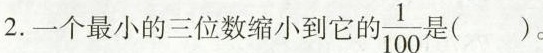
2.一个最小的三位数缩小到它的\frac{1}{100} ( )。